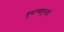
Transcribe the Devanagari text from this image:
बुधाच्याहूनही